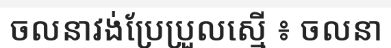
ចលនាវង់ប្រែប្រួលស្មើ ៖ ចលនា